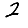
Digit: 2